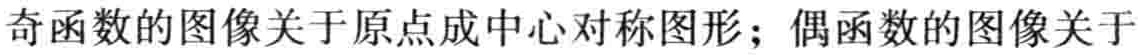
奇函数的图像关于原点成中心对称图形；偶函数的图像关于